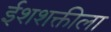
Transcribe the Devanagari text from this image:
ईशशक्तीला